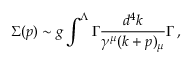
\Sigma ( p ) \sim g \int ^ { \Lambda } \Gamma \frac { d ^ { 4 } k } { \gamma ^ { \mu } ( k + p ) _ { \mu } } \Gamma \, ,